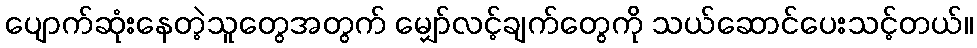
ပျောက်ဆုံးနေတဲ့သူတွေအတွက် မျှော်လင့်ချက်တွေကို သယ်ဆောင်ပေးသင့်တယ်။